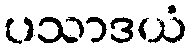
ပသာဒယံ